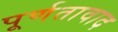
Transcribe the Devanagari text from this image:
पूर्णतावाद